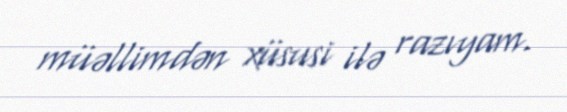
müəllimdən xüsusi ilə razıyam.